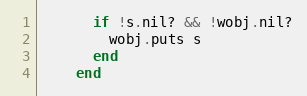
Language: Ruby
      if !s.nil? && !wobj.nil?
        wobj.puts s
      end
    end